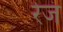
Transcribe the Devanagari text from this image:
रेजं